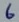
Text: 6